Lunatic asylums United Prov. 1922-30 - 1922-1930
Year: 1922
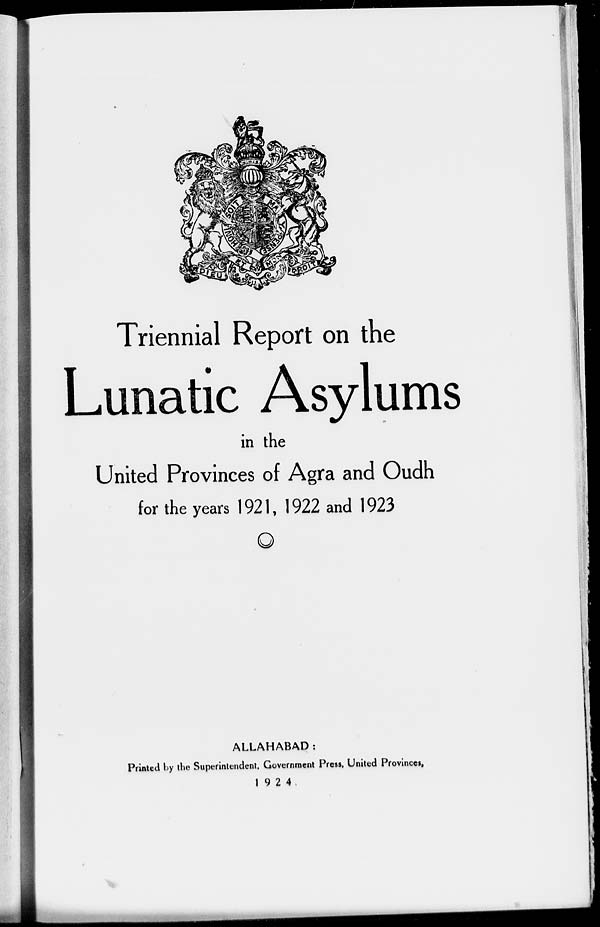
Triennial Report on the
Lunatic Asylums
in the
United Provinces of Agra and Oudh
for the years 1921, 1922 and 1923
ALLAHABAD:
Printed by the Superintendent, Government Press, United Provinces,
1924